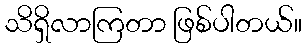
သိရှိလာကြတာ ဖြစ်ပါတယ်။